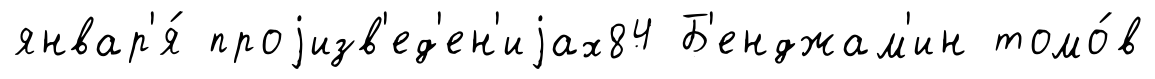
январ'я́ проjизв'ед'ен'иjах84 Б'енджам'ин томо́в